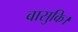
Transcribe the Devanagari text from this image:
वासुकि।